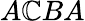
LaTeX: A\mathbb{C}BA